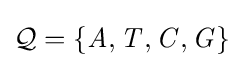
{\mathcal {Q}}=\{{\mathit {A}},{\mathit {T}},{\mathit {C}},{\mathit {G}}\}